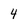
Character: 4